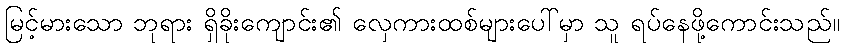
မြင့်မားသော ဘုရား ရှိခိုးကျောင်း၏ လှေကားထစ်များပေါ်မှာ သူ ရပ်နေဖို့ကောင်းသည်။